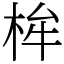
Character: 桙